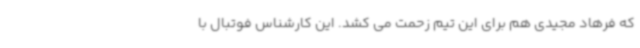
که فرهاد مجیدی هم برای این تیم زحمت می کشد. این کارشناس فوتبال با